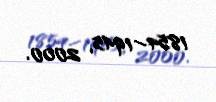
1854–1945, 2000.